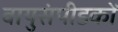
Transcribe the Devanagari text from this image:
वायुसंपीडकों